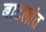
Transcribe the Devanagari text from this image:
बाटलांत